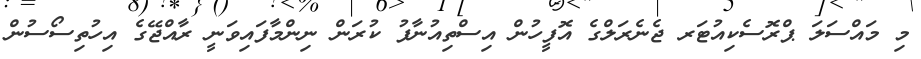
މި މައްސަލަ ޕްރޮސެކިއުޓަރ ޖެނެރަލްގެ އޮފީހުން އިސްތިއުނާފު ކުރަން ނިންމާފައިވަނީ ރާއްޖޭގެ އިހުތިސޯސުން